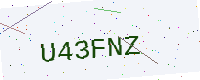
Text: U43FNZ